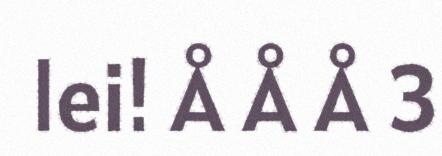
lei! Å Å Å 3